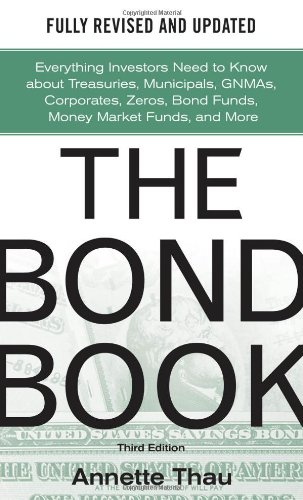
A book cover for The Bond Book, Third Edition: Everything Investors Need to Know About Treasuries, Municipals, GNMAs, Corporates, Zeros, Bond Funds, Money Market Funds, and More; Annette Thau; Business & Money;